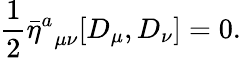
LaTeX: \frac 12{\bar{\eta}^{a}}_{\mu\nu}[D_{\mu},D_{\nu}]=0.